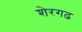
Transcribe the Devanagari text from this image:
शेरगढ